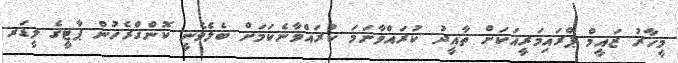
މީހާރު ޒައީމް ޕްރައިމަރީއަކަށް ތާއީދު ކުރައްވާނަމަ ކުރައްވާނެކަމަށް ބެލެވެނީ ކޮންގްރެހުން ޕާޓީގެ ލީޑަރ